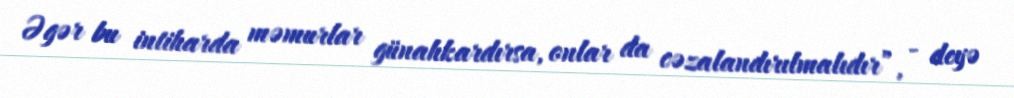
Əgər bu intiharda məmurlar günahkardırsa, onlar da cəzalandırılmalıdır”, - deyə